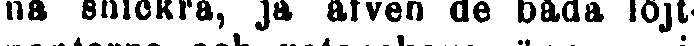
na snickra, ja äfven de båda löjt-